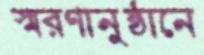
স্মরণানুষ্ঠানে